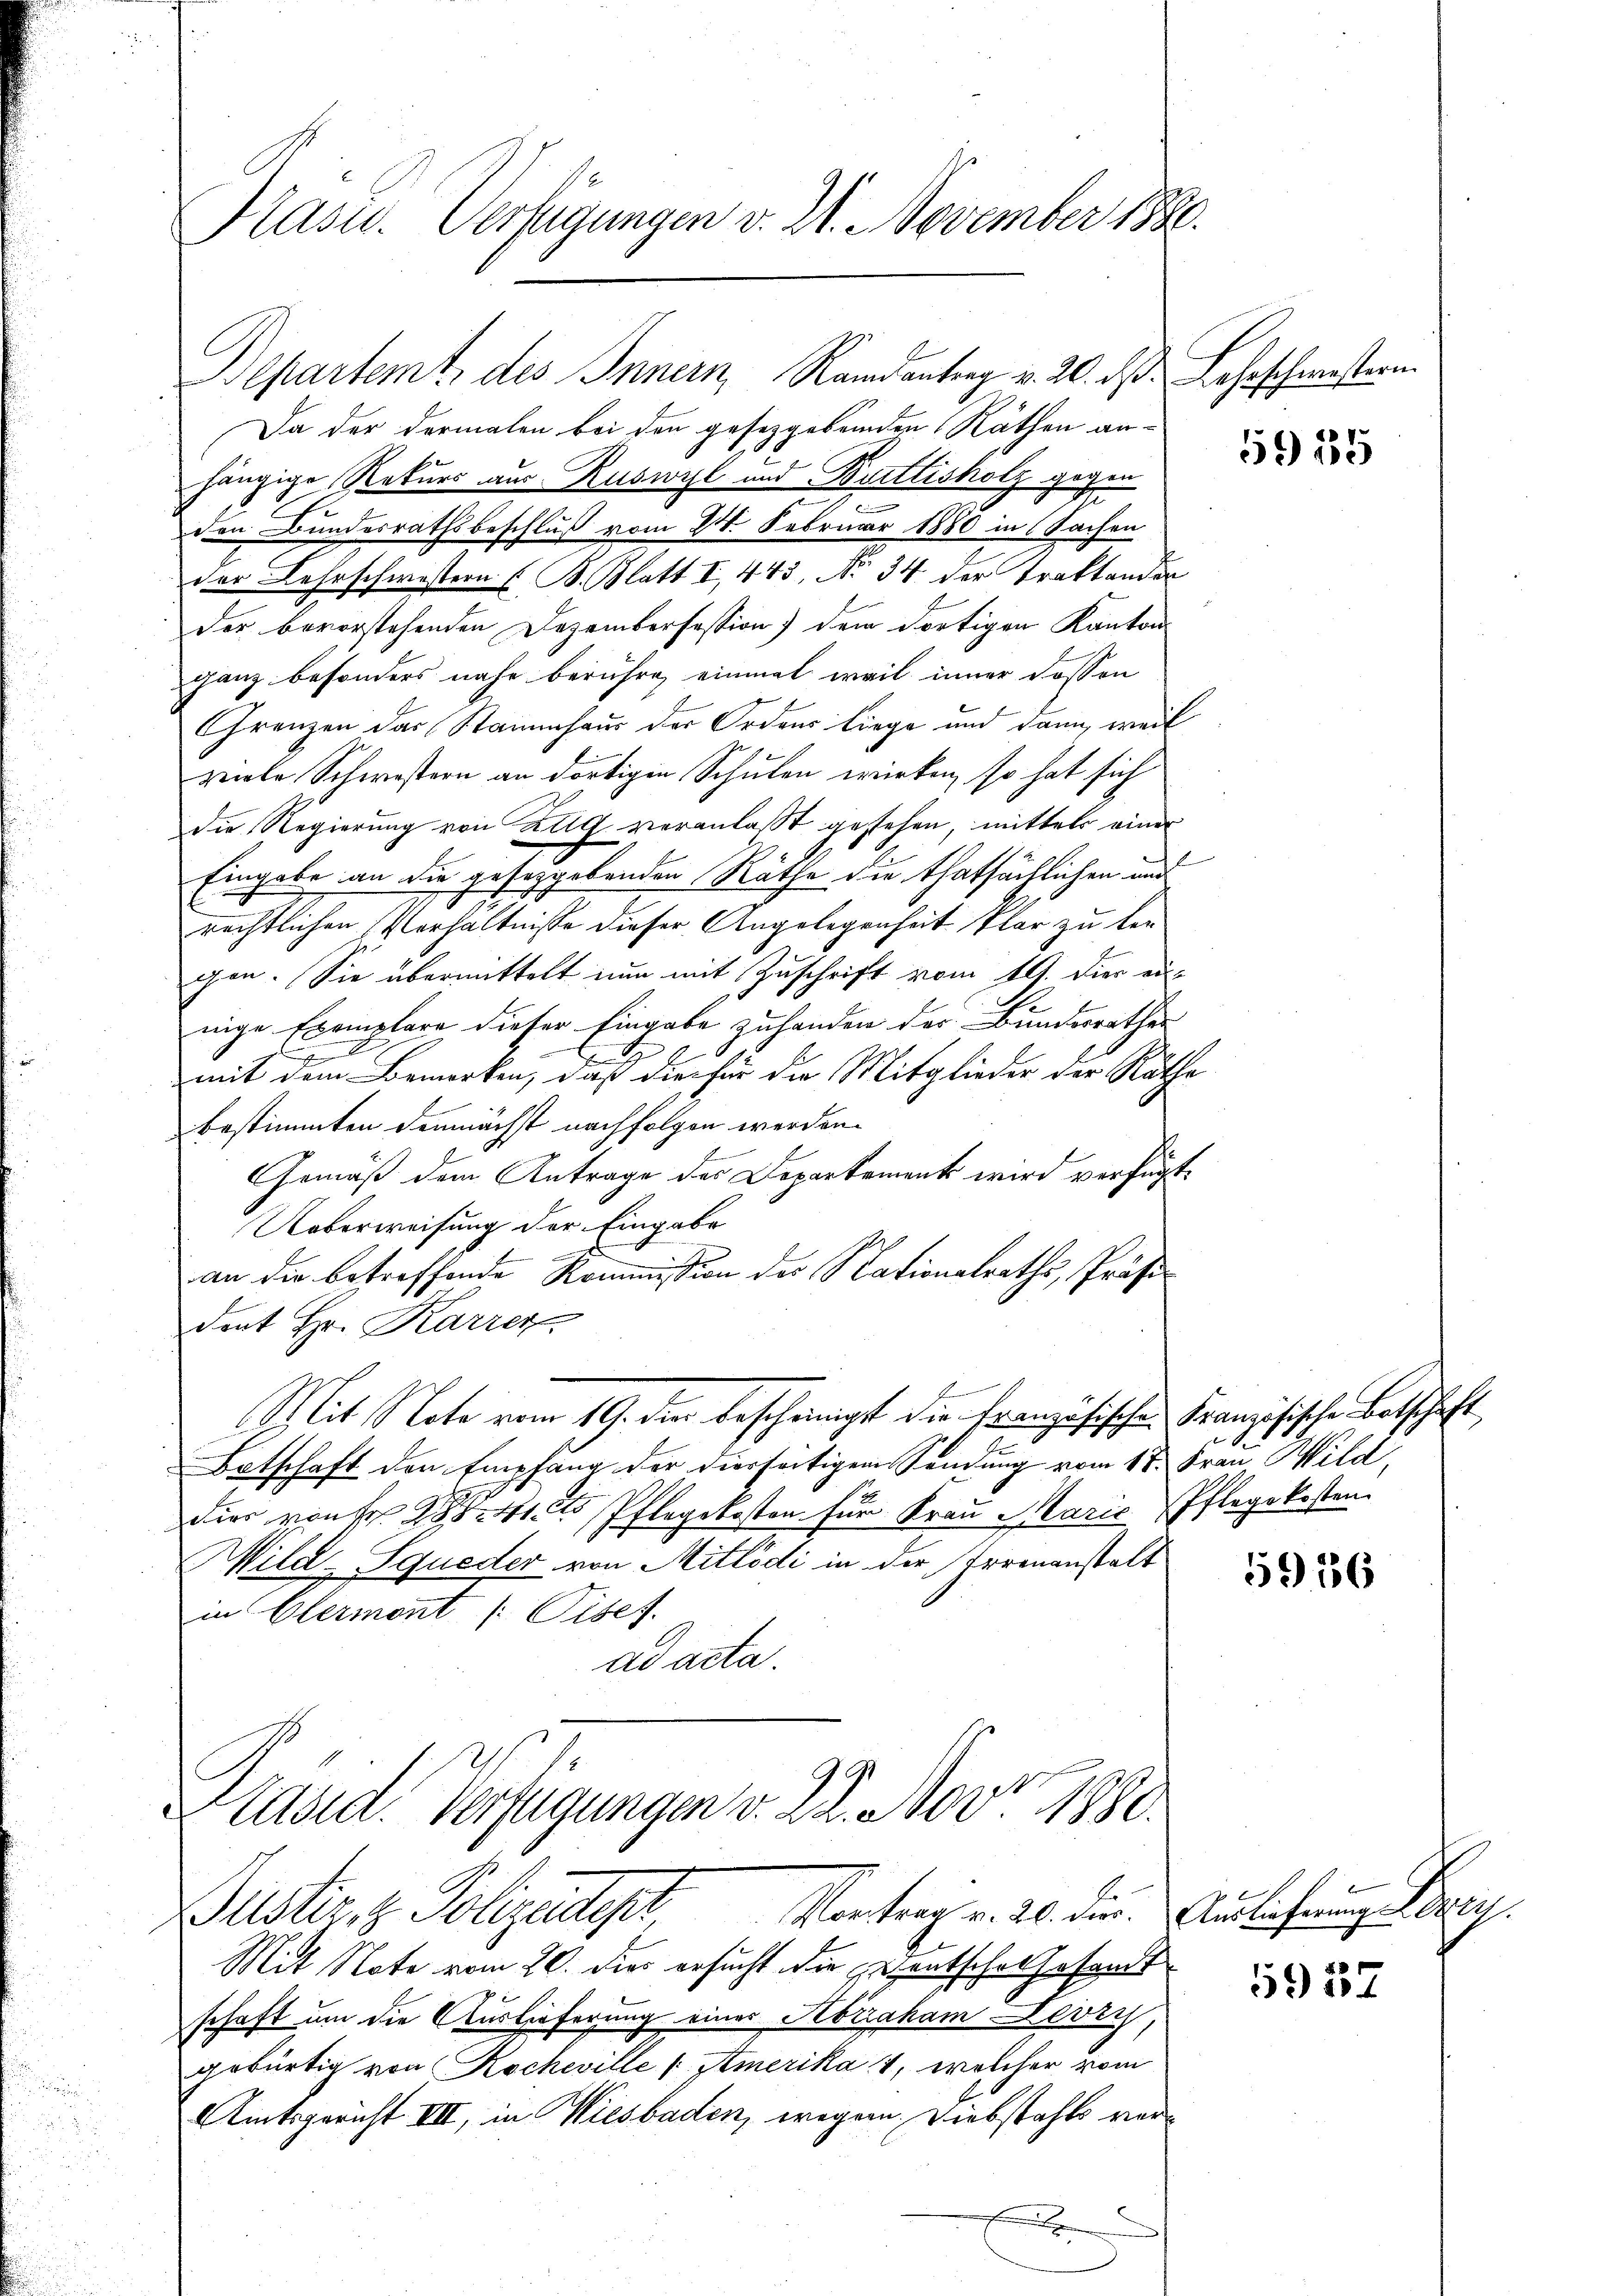
Präsid. Verfügungen v. 21. November 1880.

Bepartemt, des Innern, Randantrag v. 20. dß. Lehrschmestern.
Da der dermalen bei den gesetzgebenden Räthen anhängige Rekurs aus Ruswyl und Brettisholz gegen
den Bundesrathsbeschluß vom 24. Februar 1880 in Sachen
der Lehrschwestern [B. Blatt I, 443, No 34 der Traktanden
der bevorstehenden Dezembersession) dem dortigen Kanton
ganz besonders nahe berühre, einmal weil inner dassen
Grenzen das Stammhaus der Ordnus liege und dann, weil
zeile Schwestern an dortigen Schulen wirken, so hat sich
die Regierung von Zug veranlaßt gestehen, mittels einer
Eingabe an die gesetzgebenden Räthe die thatsächlichen und
rechtlichen Verhältnisse dieser Angelegenheit klar zu ken
gen. Sie übermittelt nun mit Zuschrift vom 19. die einige Exemplare dieser Eingabe zuhanden des Bundesrathes
mit dem Bemerken, daß die für die Mitglieder der Rathe
bestimmten demnächst nachfolgen werden.
Gemäß dem Antrage des Departement wird verfügt
Ueberweisung der Eingabe
e
an die betreffende Kommission der Nationalraths, Präsident Hr. Karrer
Mit Note vom 19. der bescheinigt die Französischen Französische Botschaft
d
Botschaft den Empfang der dierseitigem Sendung vom 18. Frau Wild,
dier von Fr. 285. 412 Pflegekosten für Frau Marie Pflegekosten.
Wild-Squeder von Mitlödi in der Tromanstalt
in Olermont /: Piset.
ad acta.
Präsid. Verfügungen v. 22. Nov. 1880.
Montrag v. 20. dir. Auslicherung Seren
Justiz, z. Polizeitest,
Mit Note vom 20. dies ersucht die gehentsche Gesandt
schaft um die Auslieferung eines Abraham Devry,
gebürtig von Rocheville   Amerika , welcher vom
Amtsgericht III, in Wiesbaden, wegen Diebstahls ver¬
.

5915

5956

5937